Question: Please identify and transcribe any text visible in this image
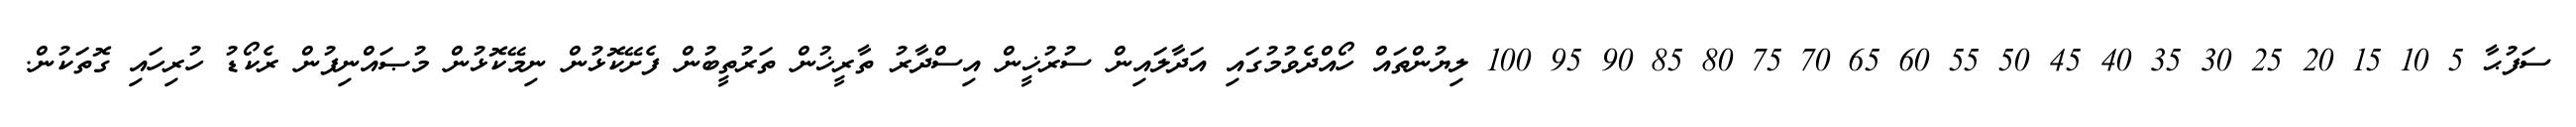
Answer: ސަފުޙާ 5 10 15 20 25 30 35 40 45 50 55 60 65 70 75 80 85 90 95 100 ލިޔުންތައް ހޯއްދެވުމުގައި އަދާލައިން ސުރުޚީން އިސްދާރު ތާރީޚުން ތަރުތީބުން ފެށޭކޮޅުން ނިމޭކޮޅުން މުޞައްނިފުން ރެކޯޑު ހުރިހައި ގޮތަކުން.